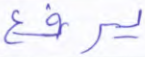
يرفع